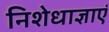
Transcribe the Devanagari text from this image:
निशेधाज्ञाएं